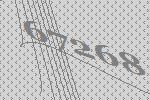
67268